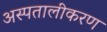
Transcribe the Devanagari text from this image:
अस्पतालीकरण